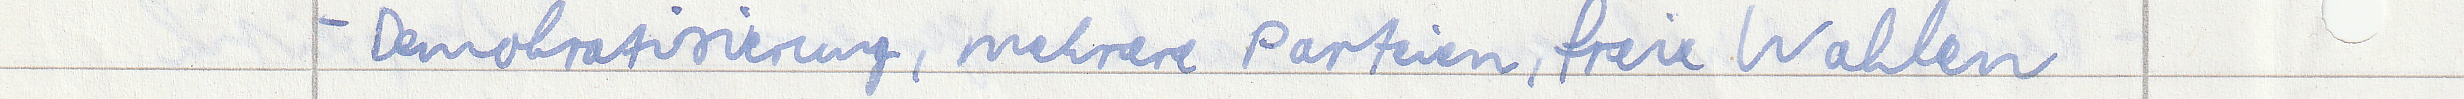
- Demokratisierung, mehrere Parteien, freie Wahlen